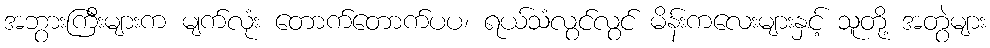
အဘွားကြီးများက မျက်လုံး တောက်တောက်ပပ၊ ရယ်သံလွင်လွင် မိန်းကလေးများနှင့် သူတို့ အတွဲများ